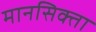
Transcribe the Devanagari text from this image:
मानसिक्ता